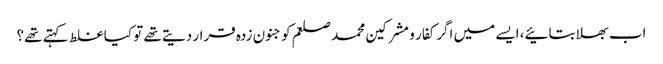
اب بھلا بتائیے، ایسے میں اگر کفار و مشرکین محمد صلعم کو جنون زدہ قرار دیتے تھے تو کیا غلط کہتے تھے؟